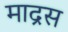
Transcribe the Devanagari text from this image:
माद्रस